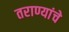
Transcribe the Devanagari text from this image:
तराण्यांचे